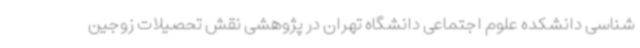
‌شناسی دانشکده علوم اجتماعی دانشگاه تهران در پژوهشی نقش تحصیلات زوجین